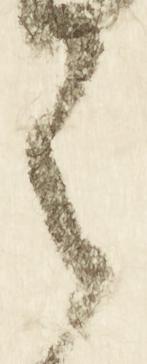
之